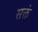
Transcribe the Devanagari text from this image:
सक्तं